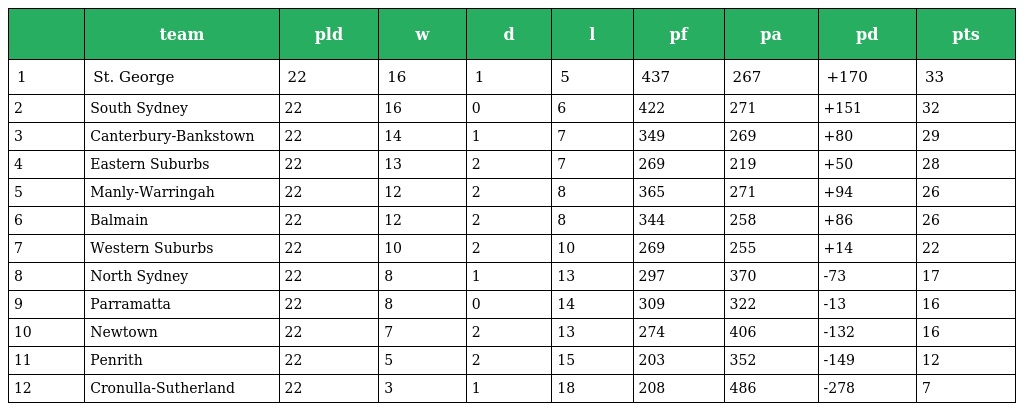
|  | team | pld | w | d | l | pf | pa | pd | pts |
 | --- | --- | --- | --- | --- | --- | --- | --- | --- | --- |
 | 1 | St. George | 22 | 16 | 1 | 5 | 437 | 267 | +170 | 33 |
 | 2 | South Sydney | 22 | 16 | 0 | 6 | 422 | 271 | +151 | 32 |
 | 3 | Canterbury-Bankstown | 22 | 14 | 1 | 7 | 349 | 269 | +80 | 29 |
 | 4 | Eastern Suburbs | 22 | 13 | 2 | 7 | 269 | 219 | +50 | 28 |
 | 5 | Manly-Warringah | 22 | 12 | 2 | 8 | 365 | 271 | +94 | 26 |
 | 6 | Balmain | 22 | 12 | 2 | 8 | 344 | 258 | +86 | 26 |
 | 7 | Western Suburbs | 22 | 10 | 2 | 10 | 269 | 255 | +14 | 22 |
 | 8 | North Sydney | 22 | 8 | 1 | 13 | 297 | 370 | -73 | 17 |
 | 9 | Parramatta | 22 | 8 | 0 | 14 | 309 | 322 | -13 | 16 |
 | 10 | Newtown | 22 | 7 | 2 | 13 | 274 | 406 | -132 | 16 |
 | 11 | Penrith | 22 | 5 | 2 | 15 | 203 | 352 | -149 | 12 |
 | 12 | Cronulla-Sutherland | 22 | 3 | 1 | 18 | 208 | 486 | -278 | 7 |